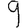
Digit: 9